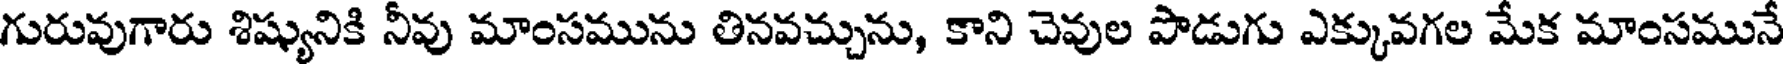
గురువుగారు శిష్యునికి నీవు మాంసమును తినవచ్చును, కాని చెవుల పొడుగు ఎక్కువగల మేక మాంసమునే